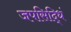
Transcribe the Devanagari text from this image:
जपसिद्धिं